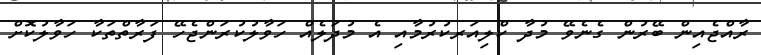
ރާއްޖެއިން ބޭރުން ގެނެވޭ މުދާ ކްލިއަރކުރުމާއި އެ މުދަލެއް ހަވާލުކުރަންޖެހޭ ފަރާތްތަކާ ހަވާލުކޮށް